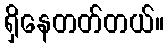
ရှိနေတတ်တယ်။